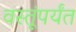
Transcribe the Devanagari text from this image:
वस्तूंपर्यंत